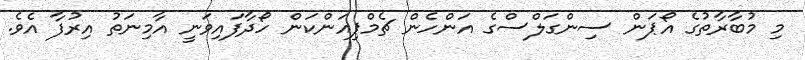
މި މުބާރާތުގެ އޯޕަން ސިންގަލްސްގެ އަންހެން ޗެމްޕިއަންކަން ހޯދާފައިވަނީ އާމިނަތު އިރުފާ އެވެ.